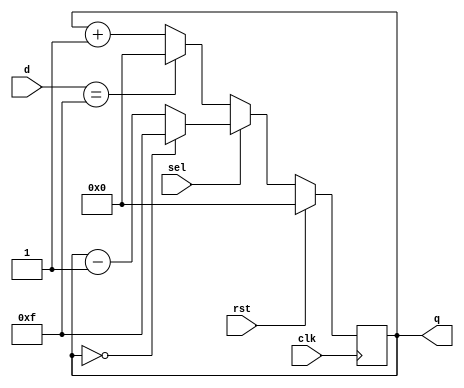
//.Write a RTL to design 4 bit loadable binary synchronous up down counter.

module downcounter(input [0:3] d, input sel,clk,rst,output reg [0:3]q);

always@(posedge clk)
begin
if(rst)
q <=4'b0;
else if(sel==1'b0)
     if(d==4'b1111)
	 q<=4'b0000;
	 else
	 q<=q+1;
else 
    if(q==4'b0000)
	q<=4'b1111;
	else
	q=q-1;
end	 

endmodule